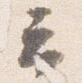
云